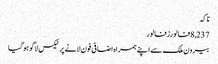
ناکہ
8,237فالورزفالور
بیرون ملک سے اپنے ہمراہ اضافی فون لانے پر ٹیکس لاگو ہو گیا